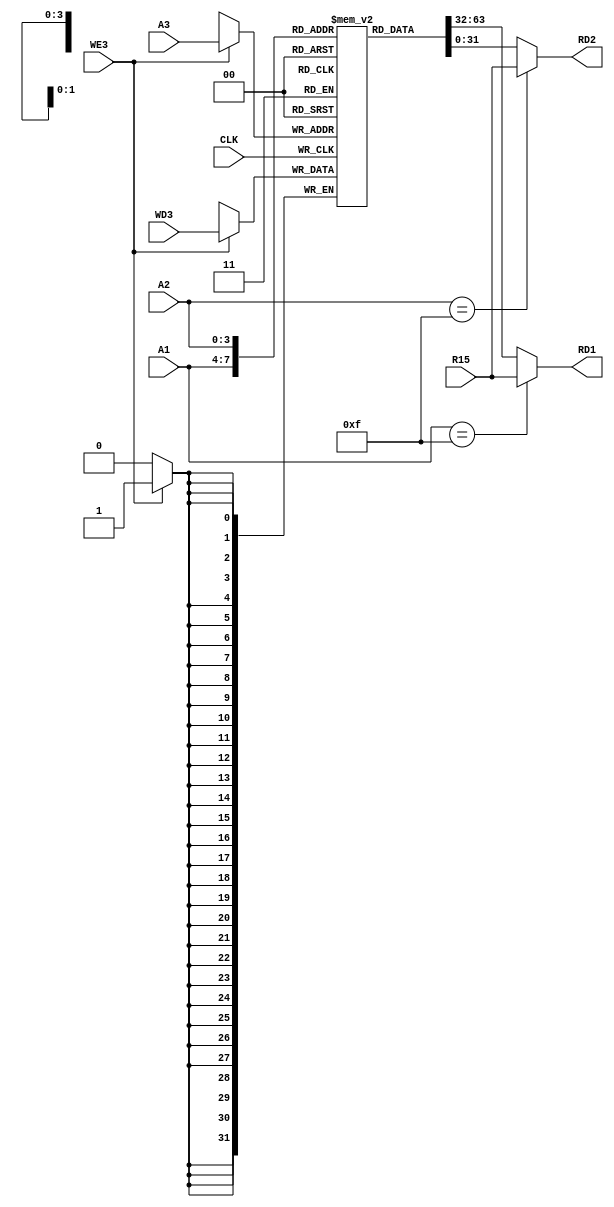
module RegisterFile(
    input CLK,
    input WE3,
    input [3:0] A1,
    input [3:0] A2,
    input [3:0] A3,
    input [31:0] WD3,
    input [31:0] R15,

    output [31:0] RD1,
    output [31:0] RD2
    );
    reg [31:0] RegBank[0:14];
    
    assign RD1 = (A1==4'b1111)?(R15):(RegBank[A1]);
    assign RD2 = (A2==4'b1111)?(R15):(RegBank[A2]);
   
    always @ (posedge CLK) begin
        if(WE3) begin
            RegBank[A3] <= WD3; 
        end
    end
            
endmodule